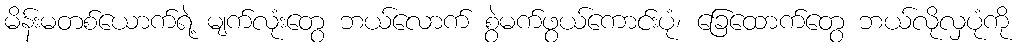
မိန်းမတစ်ယောက်ရဲ့ မျက်လုံးတွေ ဘယ်လောက် စွဲမက်ဖွယ်ကောင်းပုံ၊ ခြေထောက်တွေ ဘယ်လိုလှပုံကို